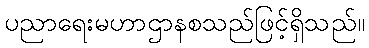
ပညာရေးမဟာဌာနစသည်ဖြင့်ရှိသည်။